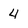
Character: 4